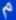
م